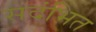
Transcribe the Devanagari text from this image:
सदंभित